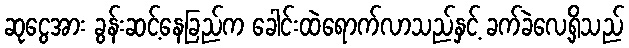
ဆုငွေအား ခွန်းဆင့်နေခြည်က ခေါင်းထဲရောက်လာသည်နှင့် ခက်ခဲလေ့ရှိသည်